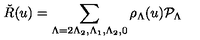
\check { R } ( u ) = \sum _ { \Lambda = 2 \Lambda _ { 2 } , \Lambda _ { 1 } , \Lambda _ { 2 } , 0 } \rho _ { \Lambda } ( u ) { \cal P } _ { \Lambda }